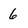
Character: 6